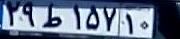
۲۹ط۱۵۷۱۰